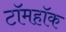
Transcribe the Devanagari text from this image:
टॉमहॉक